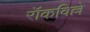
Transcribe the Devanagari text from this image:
रॉकविल्ले